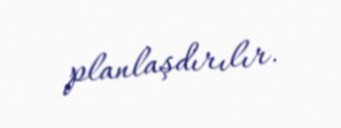
planlaşdırılır.